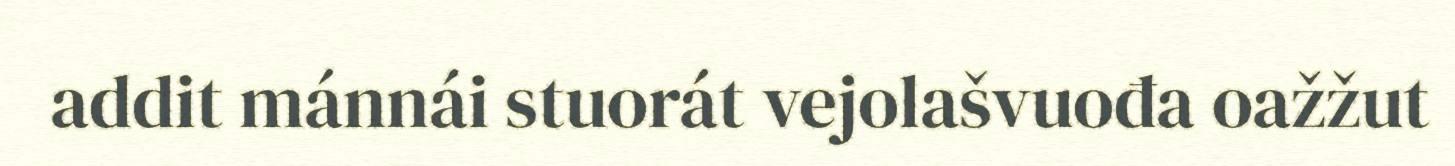
addit mánnái stuorát vejolašvuođa oažžut